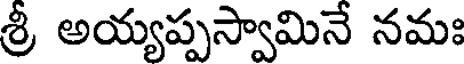
శ్రీ అయ్యప్పస్వామినే నమః